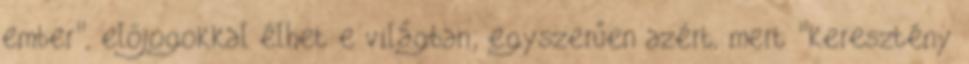
ember", előjogokkal élhet e világban; egyszerűen azért, mert "keresztény